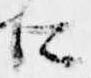
に